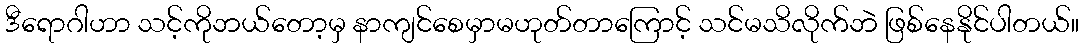
ဒီရောဂါဟာ သင့်ကိုဘယ်တော့မှ နာကျင်စေမှာမဟုတ်တာကြောင့် သင်မသိလိုက်ဘဲ ဖြစ်နေနိုင်ပါတယ်။